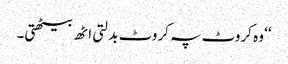
‘‘ وہ کروٹ پہ کروٹ بدلتی اٹھ بیٹھتی۔